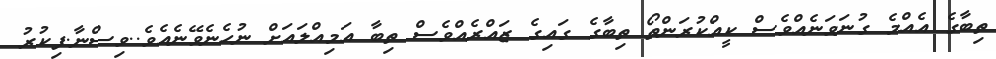
ތިބާގެ އެއްމެ ގުނަވަނެއްވެސް ކީއްކުރަންތޯ ތިބާގެ ގައިގެ ޒައްރެއްވެސް ތިބާ އަމިއްލައަށް ނުހެނެވޭނެއެވެ..ވިސްނާ.ފިކުރު